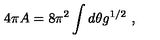
4 \pi A = 8 \pi ^ { 2 } \int d \theta g ^ { 1 / 2 } \ ,